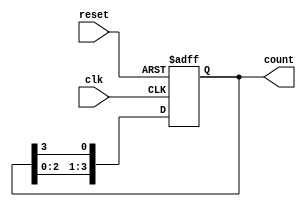
module ring_counter #(
    parameter N = 4  // Number of flip-flops
)(
    input wire clk,   // Clock input
    input wire reset, // Asynchronous reset
    output reg [N-1:0] count // Output of the ring counter
);

// Initial state of the counter
initial begin
    count = 1'b1; // Start with one flip-flop set to '1'
end

always @(posedge clk or posedge reset) begin
    if (reset) begin
        count <= 1'b1; // Reset to initial state (0001)
    end else begin
        count <= {count[N-2:0], count[N-1]}; // Shift '1' to the left
    end
end

endmodule